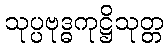
သုပ္ပဗုဒ္ဓကုဋ္ဌိသုတ္တ